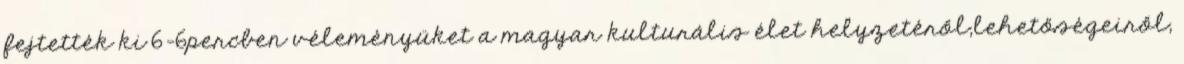
fejtették ki 6-6percben véleményüket a magyar kulturális élet helyzetéről,lehetőségeiről,